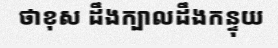
ថាខុស ដឹងក្បាលដឹងកន្ទុយ